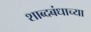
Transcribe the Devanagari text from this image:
शाब्दबंधाच्या